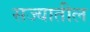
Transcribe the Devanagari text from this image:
सज्यातील